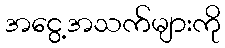
အငွေ့အသက်များကို